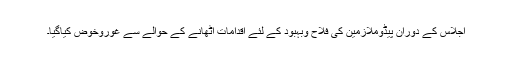
اجلاس کے دوران پیڈوملازمین کی فلاح وبہبود کے لئے اقدامات اٹھانے کے حوالے سے غوروخوض کیاگیا۔